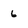
Character: 6